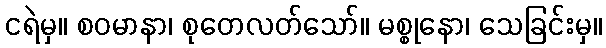
ငရဲမှ။ စဝမာနာ၊ စုတေလတ်သော်။ မစ္စုနော၊ သေခြင်းမှ။